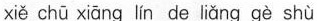
xiě chū xiāng lín de liǎng gè shù